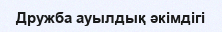
Дружба ауылдық әкімдігі